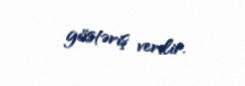
göstəriş verilir.